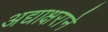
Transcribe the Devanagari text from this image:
अद्याक्षराने